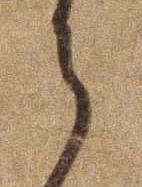
ら